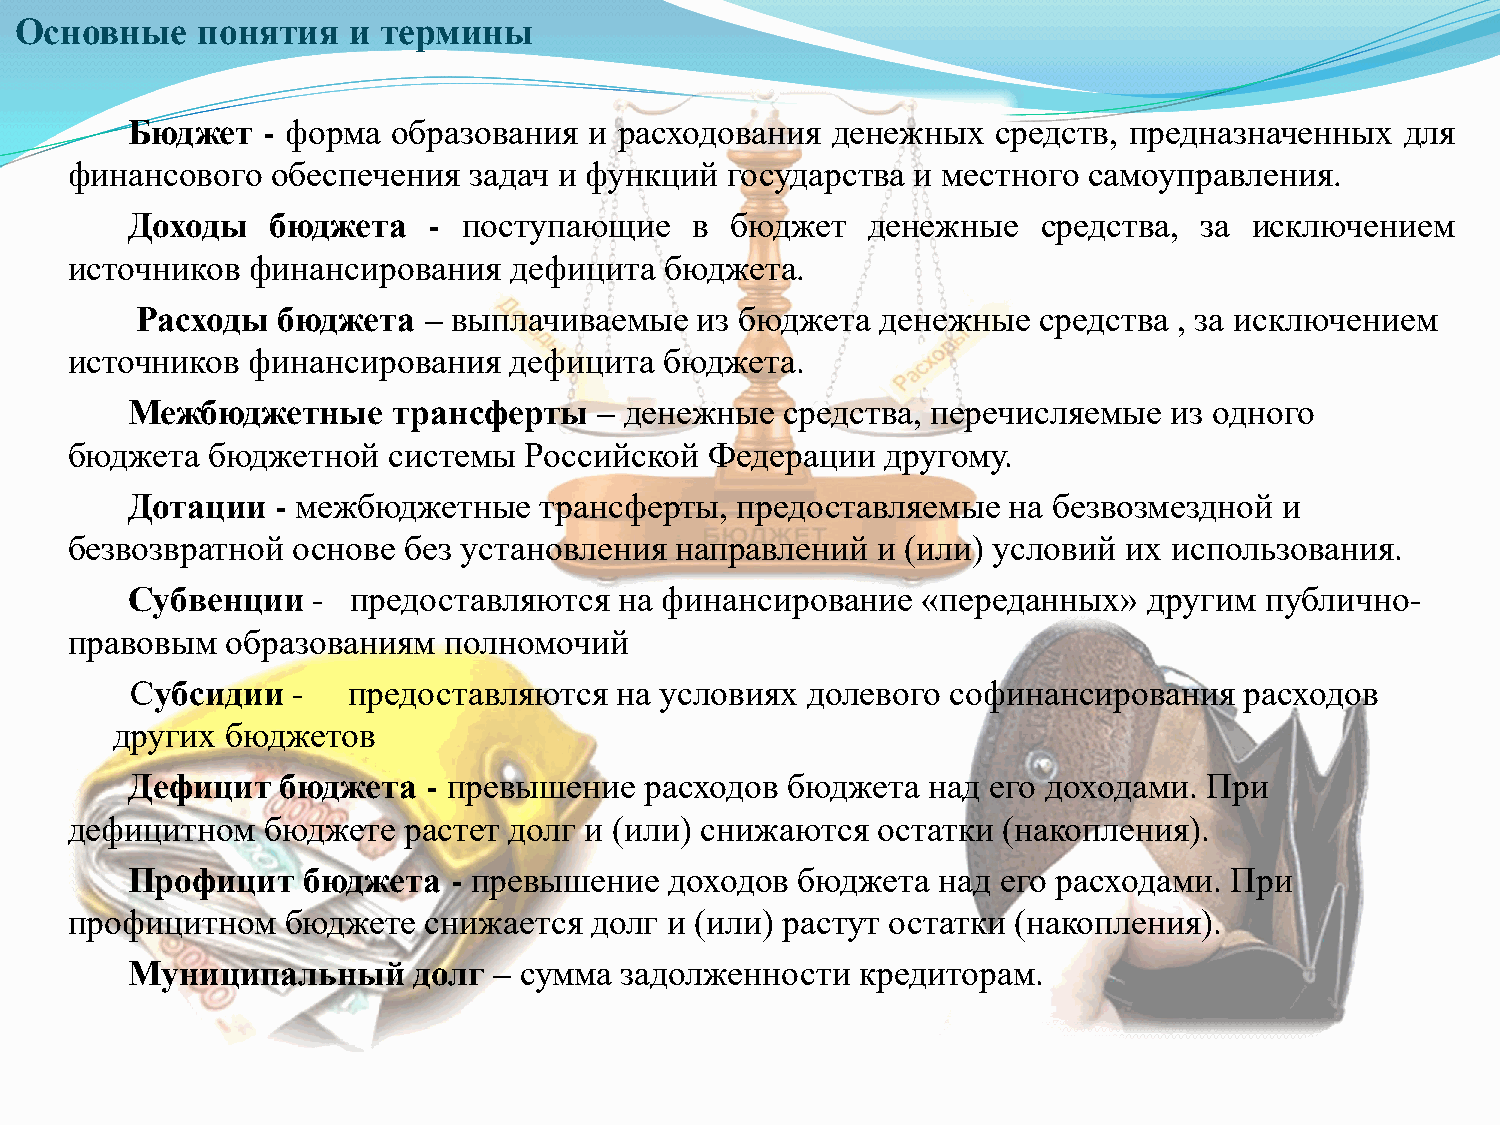
Основные    понятия   и термины
 Бюджет   - форма  образования  и расходования  денежных   средств, предназначенных   для
 финансового  обеспечения  задач и функций  государства и местного  самоуправления.
 Доходы    бюджета   -  поступающие    в бюджет   денежные    средства, за  исключением
 источников финансирования    дефицита  бюджета.
 Расходы  бюджета   – выплачиваемые   из бюджета  денежные   средства , за исключением
 источников финансирования    дефицита  бюджета.
 Межбюджетные      трансферты    – денежные  средства, перечисляемые  из одного
 бюджета  бюджетной   системы  Российской  Федерации   другому.
 Дотации   - межбюджетные    трансферты,  предоставляемые   на безвозмездной  и
 безвозвратной основе  без установления  направлений  и (или) условий  их использования.
 Субвенции    - предоставляются   на финансирование   «переданных»   другим  публично-
 правовым  образованиям  полномочий
 Субсидии  -   предоставляются   на условиях долевого  софинансирования   расходов
 других  бюджетов
 Дефицит    бюджета  - превышение   расходов бюджета  над  его доходами. При
 дефицитном   бюджете  растет долг и (или) снижаются  остатки (накопления).
 Профицит    бюджета   - превышение  доходов  бюджета  над его расходами. При
 профицитном   бюджете  снижается  долг и (или) растут остатки (накопления).
 Муниципальный      долг  – сумма задолженности   кредиторам.